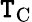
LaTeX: \mathtt{T}_{\mathrm{{C}}}